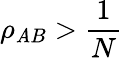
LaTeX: \rho_{\mathit{A}B}>\frac{{1}}{{N}}